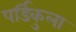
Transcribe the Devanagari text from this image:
पर्डिकुला